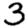
Digit: 3